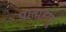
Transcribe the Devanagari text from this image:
पाताहातू